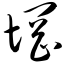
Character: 惘